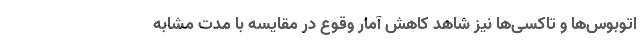
اتوبوس‌ها و تاکسی‌ها نیز شاهد کاهش آمار وقوع در مقایسه با مدت مشابه